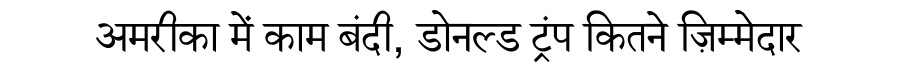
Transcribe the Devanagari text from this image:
अमरीका में काम बंदी, डोनल्ड ट्रंप कितने ज़िम्मेदार